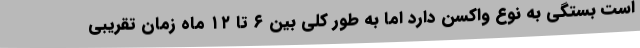
است بستگی به نوع واکسن دارد اما به طور کلی بین ۶ تا ۱۲ ماه زمان تقریبی